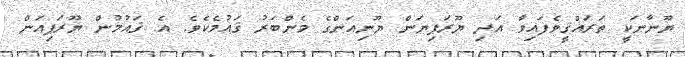
ޔޫނާނަކީ ތަރައްޤީވެފައިވާ އަދި ޔޫރަޕިޔަން ޔޫނިއަންގެ މެންބަރު ޤައުމެކެވެ. އެ ޤައުމުން ޔޫރަޕިއަން